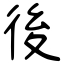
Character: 後